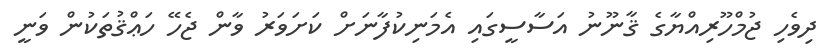
ދިވެހި ޖުމްހޫރިއްޔާގެ ޤާނޫނު އަސާސީގައި އެމަނިކުފާނަށް ކަށަވަރު ވާން ޖެހޭ ހަޢްޤުތަކުން ވަނީ